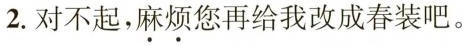
2.对不起，麻烦您再给我改成春装吧。